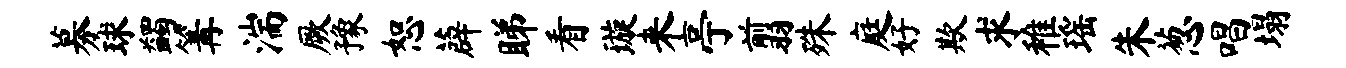
募球蠲篝湍厥豫恕薜睇看璇来亭翦殊庭好欺求稚瑶朱葱唱塌